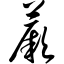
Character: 蕨